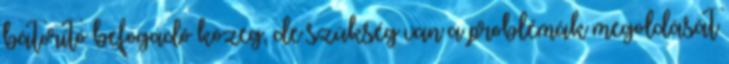
bátorító befogadó közeg, de szükség van a problémák megoldását